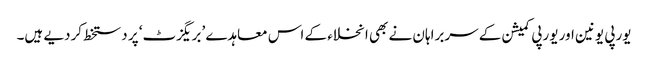
یورپی یونین اور یورپی کمیشن کے سربراہان نے بھی انخلاء کے اس معاہدے ’بریگزٹ‘ پر دستخط کردیے ہیں۔